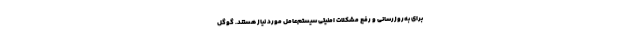
برای به‌روزرسانی و رفع مشکلات امنیتی سیستم‌عامل مورد نیاز هستند. گوگل